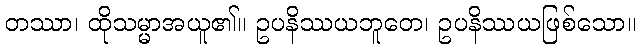
တဿာ၊ ထိုသမ္မာအယူ၏။ ဥပနိဿယဘူတေ၊ ဥပနိဿယဖြစ်သော။